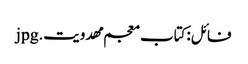
فائل:کتاب معجم مهدویت.jpg